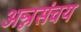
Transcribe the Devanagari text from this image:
अन्नसंचय